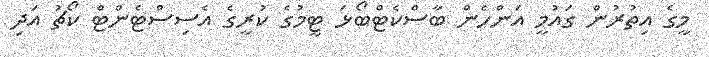
މީގެ އިތުރުން ގައުމީ އަންހެން ބާސްކެޓްބޯޅަ ޓީމުގެ ކުރީގެ އެސިސްޓެންޓް ކޯޗު އަދި